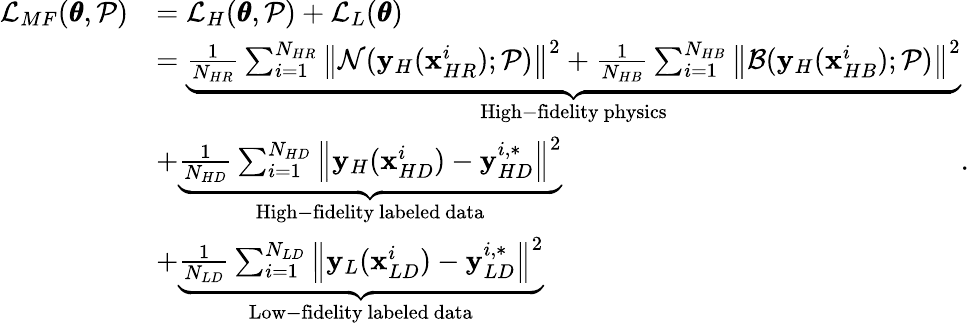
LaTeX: \begin{array}{rl}{\mathcal{L}_{MF}(\pmb{\theta},\mathcal{P})}&{=\mathcal{L}_{H}(\pmb{\theta},\mathcal{P})+\mathcal{L}_{L}(\pmb{\theta})}\\ &{=\underbrace{\frac{1}{N_{HR}}\sum_{i=1}^{N_{HR}}{\left\| \mathcal{N}(\mathbf{y}_{H}(\mathbf{x}_{HR}^{i});\mathcal{P})\right\| ^{2}}+\frac{1}{N_{HB}}\sum_{i=1}^{N_{HB}}{\left\| \mathcal{B}(\mathbf{y}_{H}(\mathbf{x}_{HB}^{i});\mathcal{P})\right\| ^{2}}}_{\mathrm{High-fidelity~physics}}}\\ &{+\underbrace{\frac{1}{N_{HD}}\sum_{i=1}^{N_{HD}}{\left\| \mathbf{y}_{H}(\mathbf{x}_{HD}^{i})-\mathbf{y}_{HD}^{i,*}\right\| ^{2}}}_{\mathrm{High-fidelity~labeled~data}}}\\ &{+\underbrace{\frac{1}{N_{LD}}\sum_{i=1}^{N_{LD}}{\left\| \mathbf{y}_{L}(\mathbf{x}_{LD}^{i})-\mathbf{y}_{LD}^{i,*}\right\| ^{2}}}_{\mathrm{Low-fidelity~labeled~data}}}\end{array}.